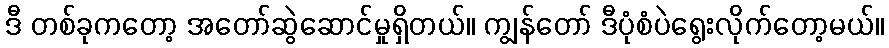
ဒီ တစ်ခုကတော့ အတော်ဆွဲဆောင်မှုရှိတယ်။ ကျွန်တော် ဒီပုံစံပဲရွေးလိုက်တော့မယ်။